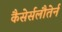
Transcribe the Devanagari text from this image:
कैसेर्सलौतेर्न